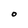
Character: O